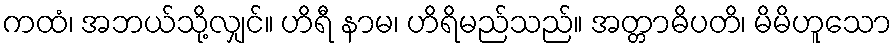
ကထံ၊ အဘယ်သို့လျှင်။ ဟိရီ နာမ၊ ဟိရိမည်သည်။ အတ္တာဓိပတိ၊ မိမိဟူသော